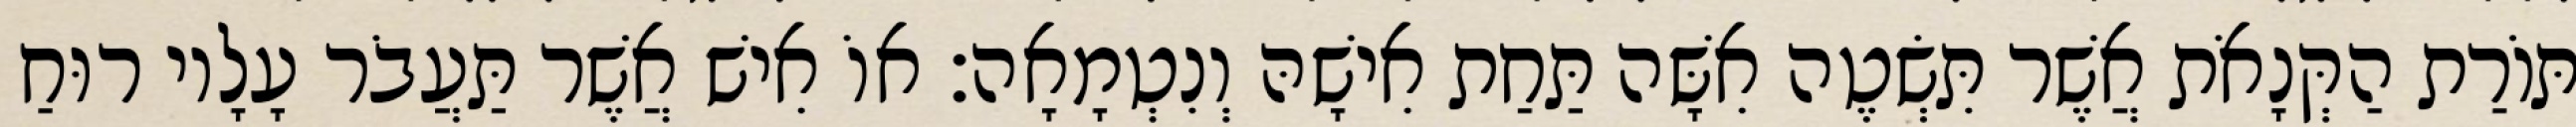
תּוֹרַת הַקְּנָאֹת אֲשֶׁר תִּשְׂטֶה אִשָּׁה תַּחַת אִישָׁהּ וְנִטְמָאָה׃ אוֹ אִישׁ אֲשֶׁר תַּעֲבֹר עָלָיו רוּחַ